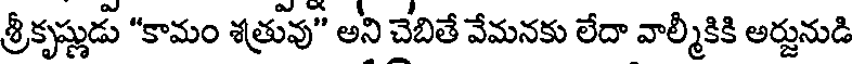
శ్రీకృష్ణుడు "కామం శత్రువు" అని చేబితే వేమనకు లేదా వాల్మీకికి అర్జునుడి